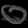
Digit: ၀